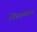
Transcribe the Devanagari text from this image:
विनयमोहन